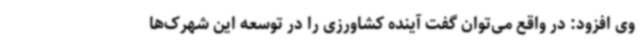
وی افزود: در واقع می‌توان گفت آینده کشاورزی را در توسعه این شهرک‌ها